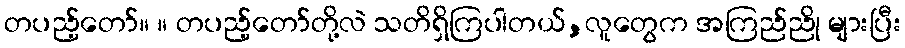
တပည့်တော်။ ။ တပည့်တော်တို့လဲ သတိရှိကြပါတယ်,လူတွေက အကြည်ညို များပြီး